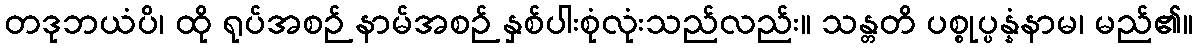
တဒုဘယံပိ၊ ထို ရုပ်အစဉ် နာမ်အစဉ် နှစ်ပါးစုံလုံးသည်လည်း။ သန္တတိ ပစ္စုပ္ပန္နံနာမ၊ မည်၏။